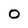
Character: 0